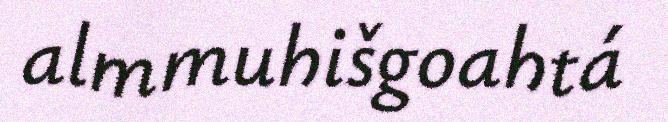
almmuhišgoahtá